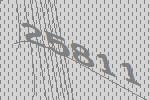
25811